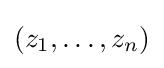
\left(z_{1},\ldots ,z_{n}\right)